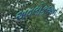
અવલોકઅન